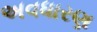
અવધારણ